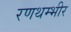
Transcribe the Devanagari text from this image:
रणथम्भीर